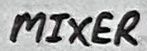
Text: MIXER